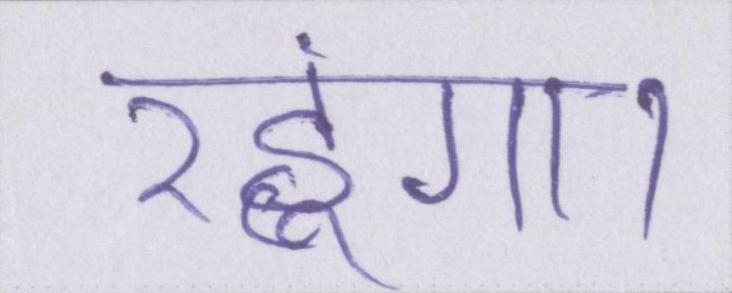
रहूंगा।